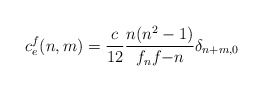
\begin{align*}c_e^f(n,m)=\frac{c}{12}\frac{n (n^2-1)}{f_nf{-n}}\delta_{n+m,0}\end{align*}